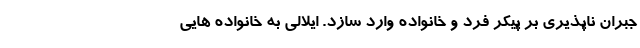
جبران ناپذیری بر پیکر فرد و خانواده وارد سازد. ایلالی به خانواده هایی